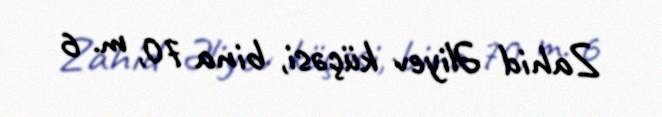
Zahid Əliyev küçəsi, bina 70, m. 6